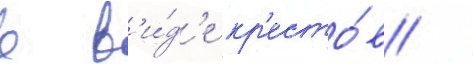
в в'и́д'е кр'есто́в /